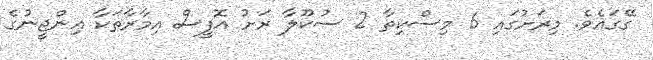
ގޭގައެވެ. މިރަށުގައި 6 މިސްކިތާ 2 ސުކޫލާ ރަށު އޮފީސް އިމާރާތަކާ އިންޖީނުގެ